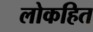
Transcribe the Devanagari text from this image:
लोकहित